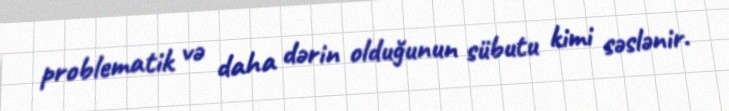
problematik və daha dərin olduğunun sübutu kimi səslənir.